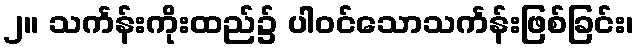
၂။ သင်္ကန်းကိုးထည်၌ ပါဝင်သောသင်္ကန်းဖြစ်ခြင်း၊